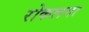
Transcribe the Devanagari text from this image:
रोकलगा